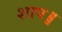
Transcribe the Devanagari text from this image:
शाप॥